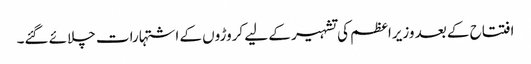
افتتاح کے بعد وزیراعظم کی تشہیر کے لیے کروڑوں کے اشتہارات چلائے گئے۔